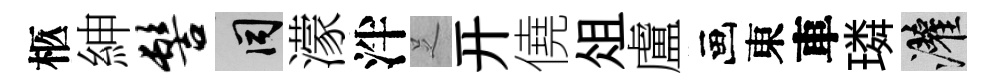
柩紳髻间濛泮𠯁开僥俎盧画東車璘灌